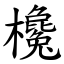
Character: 欃